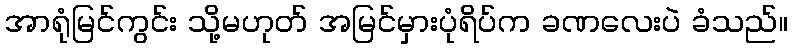
အာရုံမြင်ကွင်း သို့မဟုတ် အမြင်မှားပုံရိပ်က ခဏလေးပဲ ခံသည်။